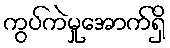
ကွပ်ကဲမှုအောက်ရှိ